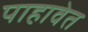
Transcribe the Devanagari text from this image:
पाहावेत